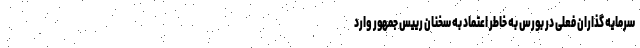
سرمایه گذاران فعلی در بورس به خاطر اعتماد به سخنان رییس جمهور وارد